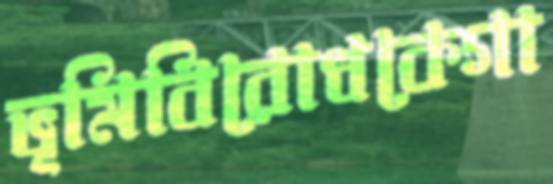
ভূমিবিরোধকেগা